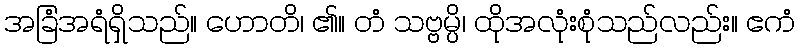
အခြံအရံရှိသည်။ ဟောတိ၊ ၏။ တံ သဗ္ဗမ္ပိ၊ ထိုအလုံးစုံသည်လည်း။ ဧကံ